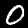
Digit: 0